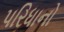
પરિધાનો